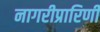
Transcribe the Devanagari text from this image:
नागरीप्रारिणी